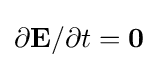
\partial \mathbf {E} /\partial t=\mathbf {0}